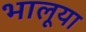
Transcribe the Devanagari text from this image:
भालूया